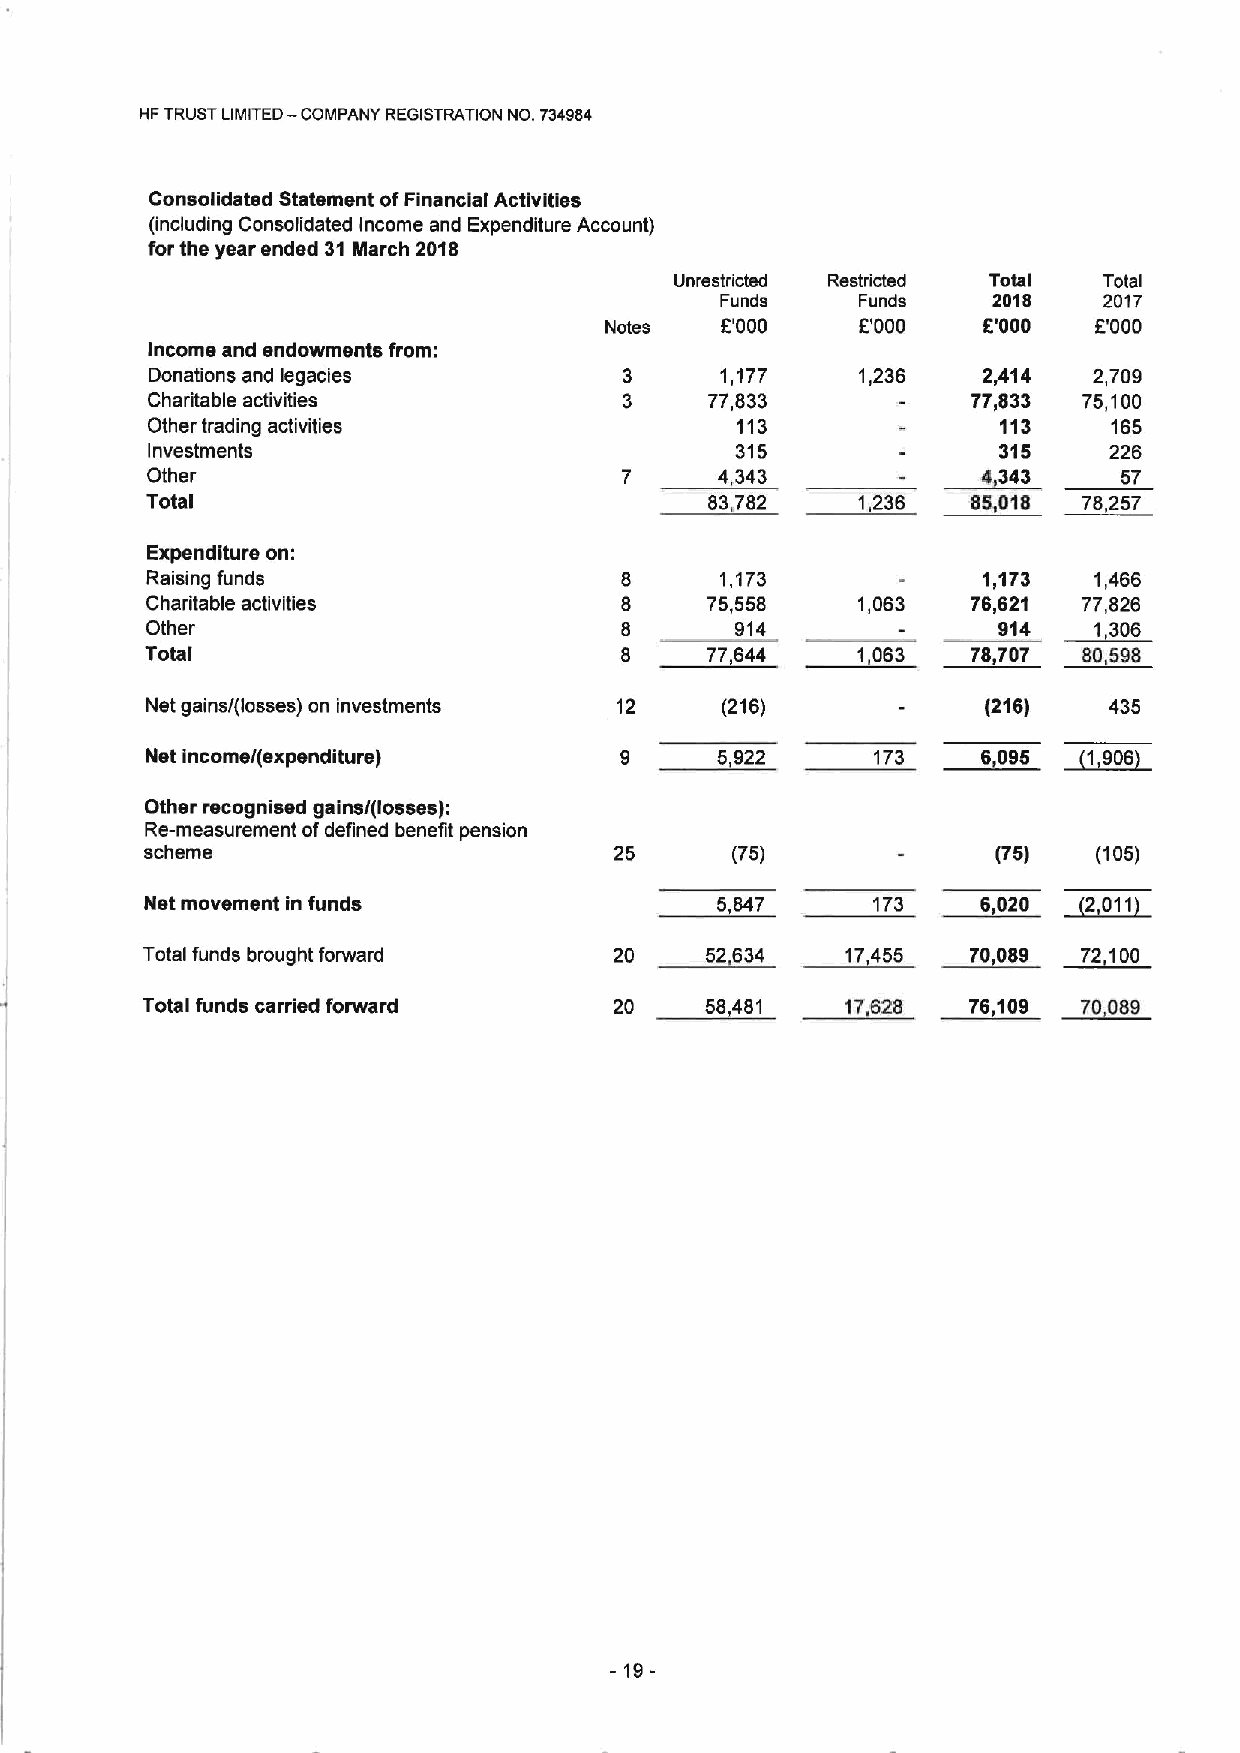
HFTRUST LIMITED— COMPANY REGISTRATION NO. 734984
 Consolidated Statement ofFinancial Activities
 (including Consolidated Income and Expenditure Account)
 for the year ended 31March 2018
 Unrestricted Restricted Total Total
 Funds    Funds    2018   2017
 Notes   6'000    E'000   6'000  E'000
 Income and endowments from:
 Donations and legacies         3      1,177    1,236   2,414  2,709
 Charitable activities          3     77,833           77,833  75,100
 Other trading activities               113              113     165
 Investments                            315              315    226
 Other                          7     4343              4343     57
 Total                                83.782    1,236  88,018  78,257
 Expenditure on:
 Raising funds                         1,173            1,173  1,466
 Charitable activities                75,558    1,063  76,621  77,826
 Other                                  914              914 ~1306
 Total                          8     77,644    1,063  78,707  80,598
 Net gains/(losses) on investments 12  (216)            (216)   435
 Net income/(expenditure)       9     5922       173    6,095 ~1906
 Other recognised gains/(losses):
 Re-measurement ofdefined benefit pension
 scheme                         25     (75)              (75)   (105)
 Net movement in funds                8 847      173    6,020 ~2011
 Total funds brought forward     20    52634    17455   70089   72 100
 Total funds carried forward     20    58481    17628   76,109  70,089